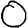
Digit: 0